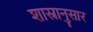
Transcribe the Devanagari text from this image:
शास्रानुसार